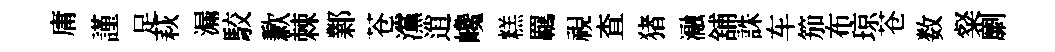
庸謹足萩漏駮歉棘鄴苍灙逍巉糕羈視查猪瀜舖誅车笳布琼苍数粲劘